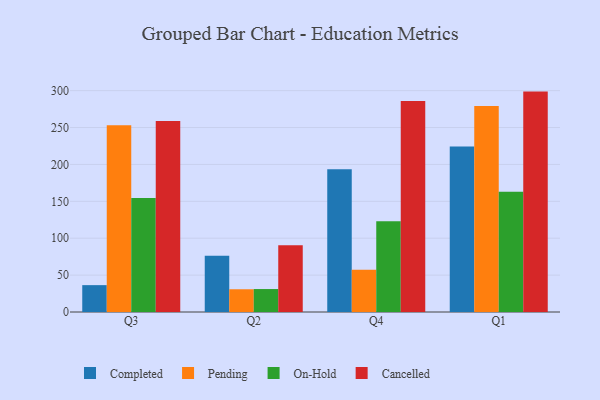
{"axis": {"x": "Quarter", "y": "Net Income (USD K)"}, "legend": ["Cancelled", "Completed", "On-Hold", "Pending"], "data": [{"x": "Q3", "y": 36.4, "type": "Completed"}, {"x": "Q3", "y": 253.2, "type": "Pending"}, {"x": "Q3", "y": 154.4, "type": "On-Hold"}, {"x": "Q3", "y": 258.8, "type": "Cancelled"}, {"x": "Q2", "y": 76.2, "type": "Completed"}, {"x": "Q2", "y": 30.8, "type": "Pending"}, {"x": "Q2", "y": 31.1, "type": "On-Hold"}, {"x": "Q2", "y": 90.6, "type": "Cancelled"}, {"x": "Q4", "y": 193.5, "type": "Completed"}, {"x": "Q4", "y": 57.3, "type": "Pending"}, {"x": "Q4", "y": 123.0, "type": "On-Hold"}, {"x": "Q4", "y": 286.1, "type": "Cancelled"}, {"x": "Q1", "y": 224.4, "type": "Completed"}, {"x": "Q1", "y": 279.2, "type": "Pending"}, {"x": "Q1", "y": 163.0, "type": "On-Hold"}, {"x": "Q1", "y": 298.7, "type": "Cancelled"}]}